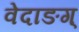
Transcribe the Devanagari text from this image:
वेदाङग्